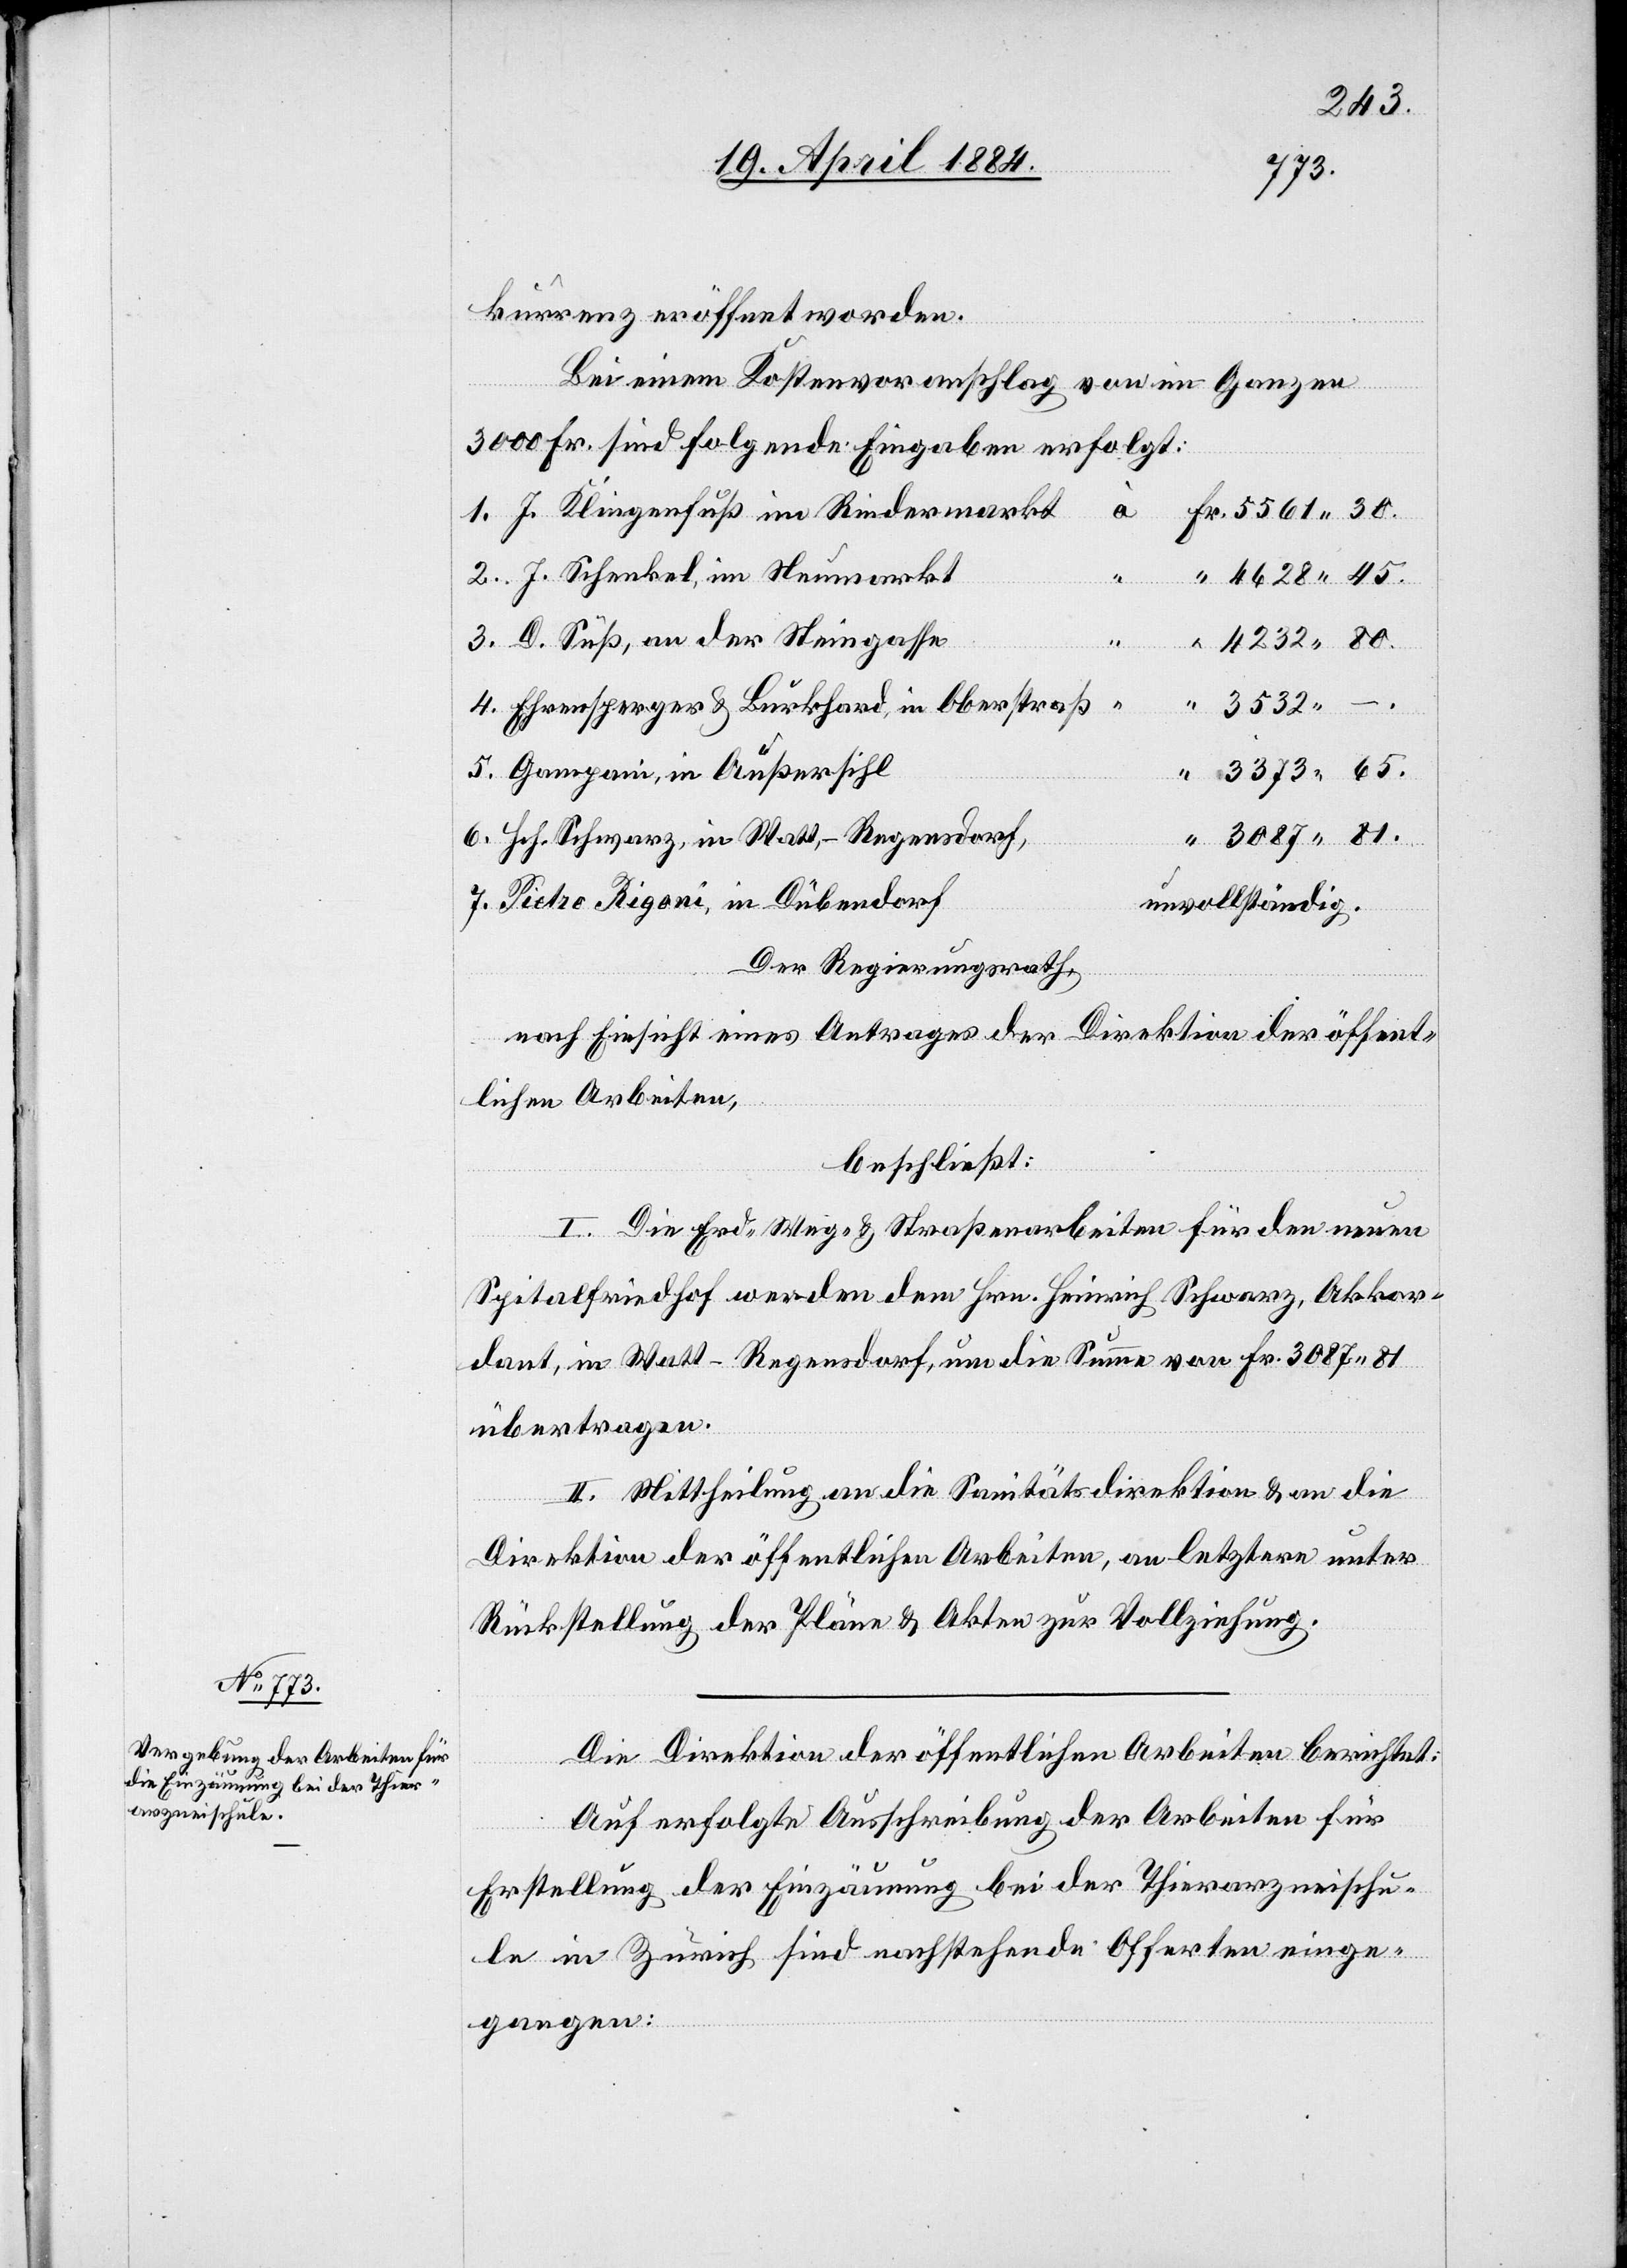
kurrenz eröffnet worden.
Bei einem Kostenvoranschlag von im Ganzen
3000 Fr. sind folgende Eingaben erfolgt:
J. Klingenfuß im Rindermarkt
J. Schenkel im Neumarkt
D. Süß, an der Steingasse
81.
4.
Ehrensperger & Burkhard in Oberstraß
3532
Gampani, in Außersihl
Hch. Schwarz, in Watt - Regensdorf
Pietro Rigoni, in Dübendorf
unvollständig.
Der Regierungsrath,
nach Einsicht eines Antrages der Direktion der öffent¬
lichen Arbeiten,
beschließt:
I. Die Erd-[,] Weg- & Straßenarbeiten für den neuen
Spitalfriedhof werden dem Hrn. Heinrich Schwarz, Akkor¬
dant, in Watt - Regensdorf, um die Summe von Fr. 3087 81
übertragen.
II. Mittheilung an die Sanitätsdirektion & an die
Direktion der öffentlichen Arbeiten, an letztere unter
Rückstellung der Pläne & Akten zur Vollziehung.
Die Direktion der öffentlichen Arbeiten berichtet:
Auf erfolgte Ausschreibung der Arbeiten für
Erstellung der Einzäunung bei der Thierarzneischu¬
le in Zürich sind nachstehende Offerten einge¬
gangen: